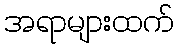
အရာများထက်